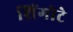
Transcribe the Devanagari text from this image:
शिंगोटे